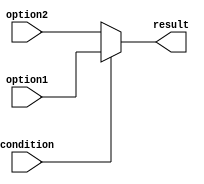
module conditional_operator (
    input wire condition,
    input wire option1,
    input wire option2,
    output reg result
);

// Condition that is evaluated
always @* begin
    // Values or expressions used as options for selection
    // Output produced based on the condition evaluation
    result = (condition) ? option1 : option2;
end

endmodule